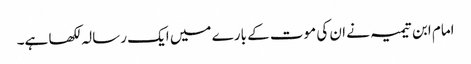
امام ابن تیمیہ نے ان کی موت کے بارے میں ایک رسالہ لکھا ہے۔